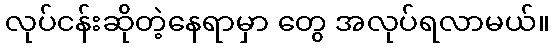
လုပ်ငန်းဆိုတဲ့နေရာမှာ တွေ အလုပ်ရလာမယ်။